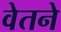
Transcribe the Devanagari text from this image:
वेतने